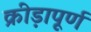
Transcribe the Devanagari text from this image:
क्रीड़ापूर्ण